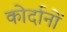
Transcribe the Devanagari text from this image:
कोर्दानों